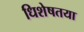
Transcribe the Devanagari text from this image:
धिशेषतया